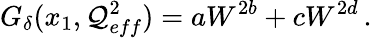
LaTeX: G_{\delta}(x_{1},\mathcal{Q}_{eff}^{2})=aW^{2b}+cW^{2d}\, .